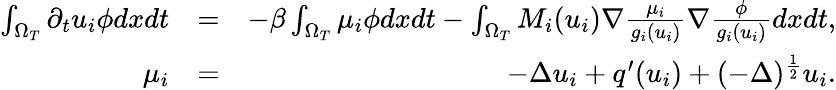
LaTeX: \begin{array}{rlr}{\int_{\Omega_{T}}\partial_{t}u_{i}\phi dxdt}&{=}&{-\beta\int_{\Omega_{T}}\mu_{i}\phi dxdt-\int_{\Omega_{T}}M_{i}(u_{i})\nabla\frac{\mu_{i}}{g_{i}(u_{i})}\nabla\frac{\phi}{g_{i}(u_{i})}dxdt,}\\ {\mu_{i}}&{=}&{-\Delta u_{i}+q^{\prime}(u_{i})+(-\Delta)^{\frac{1}{2}}u_{i}.}\end{array}